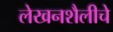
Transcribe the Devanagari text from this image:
लेखनशैलीचे